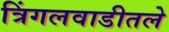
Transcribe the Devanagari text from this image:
त्रिंगलवाडीतले